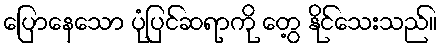
ပြောနေသော ပုံပြင်ဆရာကို တွေ့ နိုင်သေးသည်။